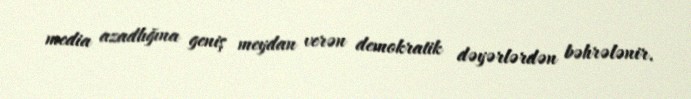
media azadlığına geniş meydan verən demokratik dəyərlərdən bəhrələnir.